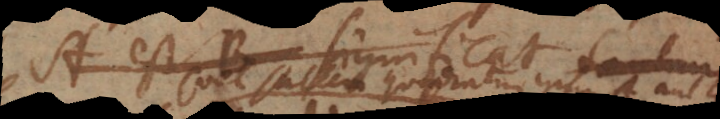
A est B significat tantum